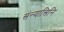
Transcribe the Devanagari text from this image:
संन्यासिनि